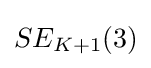
SE_{K+1}(3)